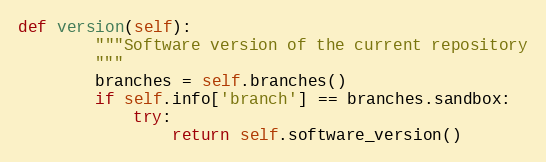
Language: Python
def version(self):
        """Software version of the current repository
        """
        branches = self.branches()
        if self.info['branch'] == branches.sandbox:
            try:
                return self.software_version()